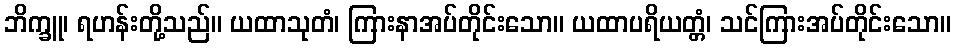
ဘိက္ခူ၊ ရဟန်းတို့သည်။ ယထာသုတံ၊ ကြားနာအပ်တိုင်းသော။ ယထာပရိယတ္တံ၊ သင်ကြားအပ်တိုင်းသော။